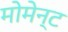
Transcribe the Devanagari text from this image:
मोमेन्ट